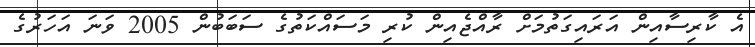
އެ ކާރިސާއިން އަރައިގަތުމަށް ރާއްޖެއިން ކުރި މަސައްކަތުގެ ސަބަބުން 2005 ވަނަ އަހަރުގެ